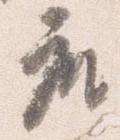
座